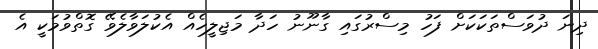
ދިނަ ދުވަސްތަކަކަށް ފަހު މިސްރުގައި ގާނޫނު ހަދާ މަޖިލީހެއް އެކުލަވާލެވޭ ގޮތްވުމަކީ އެ